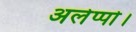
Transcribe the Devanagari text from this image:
अलेप्पो।